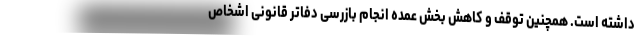
داشته است. همچنین توقف و کاهش بخش عمده انجام بازرسی دفاتر قانونی اشخاص